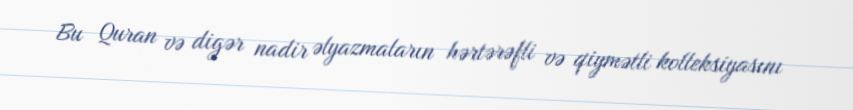
Bu Quran və digər nadir əlyazmaların hərtərəfli və qiymətli kolleksiyasını